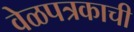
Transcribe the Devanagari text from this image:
वेळपत्रकाची